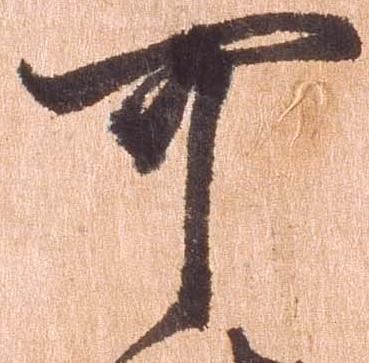
可